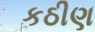
કઠીણ